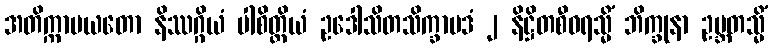
အတိက္ကာမယတော နိဿဂ္ဂိယံ ပါစိတ္တိယံ ဥဒေါသိတသိက္ခာပဒံ ၂ နိဋ္ဌိတစီဝရသ္မိံ ဘိက္ခုနာ ဥဗ္ဘတသ္မိံ